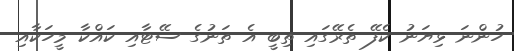
ހުންނަ ޅިޔަނު ކެފޭ ތެރޭގައި ތިބީ އެ ތަނުގެ ސޭޓާއި ކައްކާ މީހަކާއި